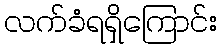
လက်ခံရရှိကြောင်း